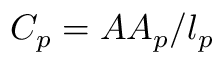
C _ { p } = A A _ { p } / l _ { p }